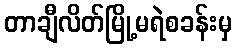
တာချီလိတ်မြို့မရဲစခန်းမှ